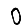
Digit: 0